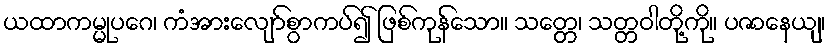
ယထာကမ္မုပဂေ၊ ကံအားလျော်စွာကပ်၍ ဖြစ်ကုန်သော။ သတ္တေ၊ သတ္တဝါတို့ကို။ ပဇာနေယျ၊